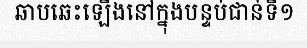
ឆាបឆេះឡើងនៅក្នុងបន្ទប់ជាន់ទី១